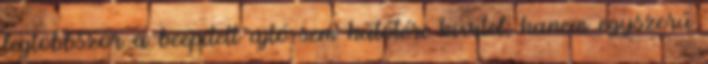
legtöbbször a beépített ajtó sem hűtőtéri kivitel, hanem egyszerű